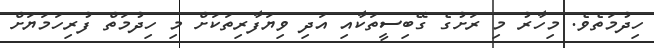
ހިދުމަތެވެ. މިހާރު މި ރަށުގެ ގޭބިސީތަކާއި އަދި ވިޔަފާރިތަކަށް މި ހިދުމަތް ފުރިހަމަޔަށް